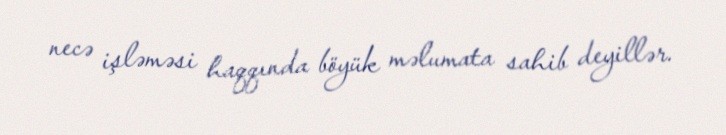
necə işləməsi haqqında böyük məlumata sahib deyillər.